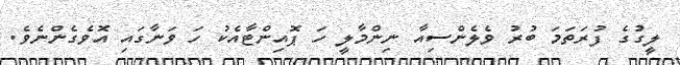
ލީގުގެ ފުރަތަމަ ބުރު ވެލެންސިއާ ނިންމާލީ ހަ ޕޮއިންޓާއެކު ހަ ވަނާގައި އޮވެގެންނެވެ.